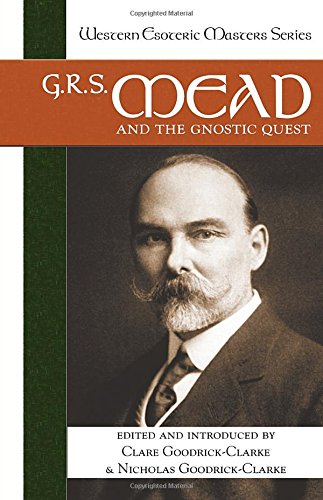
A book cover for G. R. S. Mead and the Gnostic Quest (Western Esoteric Masters); Religion & Spirituality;